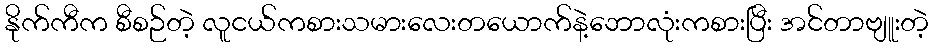
နိုက်ကီက စီစဉ်တဲ့ လူငယ်ကစားသမားလေးတယောက်နဲ့ဘောလုံးကစားပြီး အင်တာဗျူးတဲ့